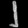
Digit: ၂